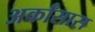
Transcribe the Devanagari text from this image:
अर्कांसास